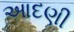
આદણી